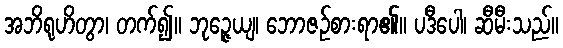
အဘိရုဟိတွာ၊ တက်၍။ ဘုဉ္ဇေယျ၊ ဘောဇဉ်စားရာ၏။ ပဒီပေါ၊ ဆီမီးသည်။